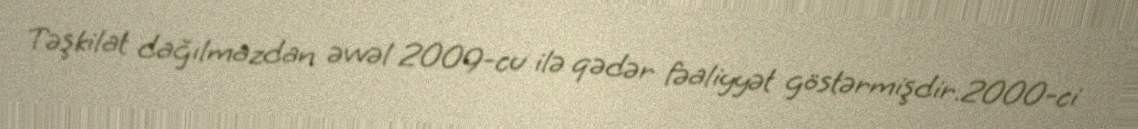
Təşkilat dağılmazdan əvvəl 2009-cu ilə qədər fəaliyyət göstərmişdir.2000-ci